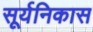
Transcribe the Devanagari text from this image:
सूर्यनिकास